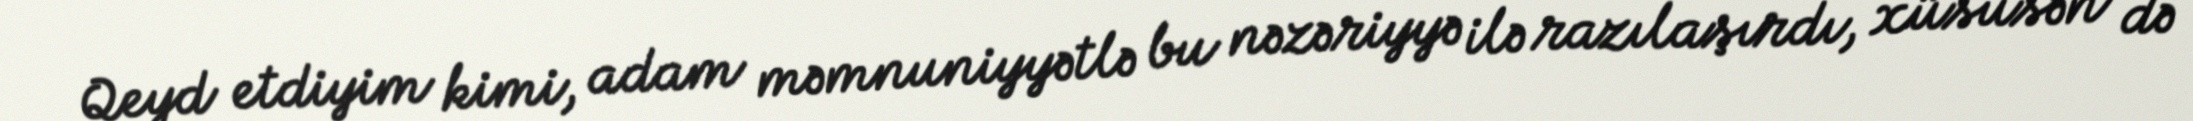
Qeyd etdiyim kimi, adam məmnuniyyətlə bu nəzəriyyə ilə razılaşırdı, xüsusən də